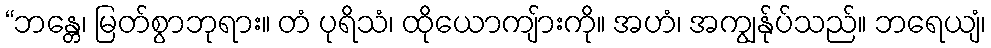
“ဘန္တေ၊ မြတ်စွာဘုရား။ တံ ပုရိသံ၊ ထိုယောကျ်ားကို။ အဟံ၊ အကျွန်ုပ်သည်။ ဘရေယျံ၊